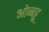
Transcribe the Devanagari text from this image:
ओब्बट्टू